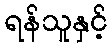
ရန်သူနှင့်